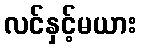
လင်နှင့်မယား